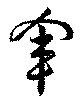
軍